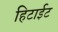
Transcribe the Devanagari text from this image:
हिटाईट